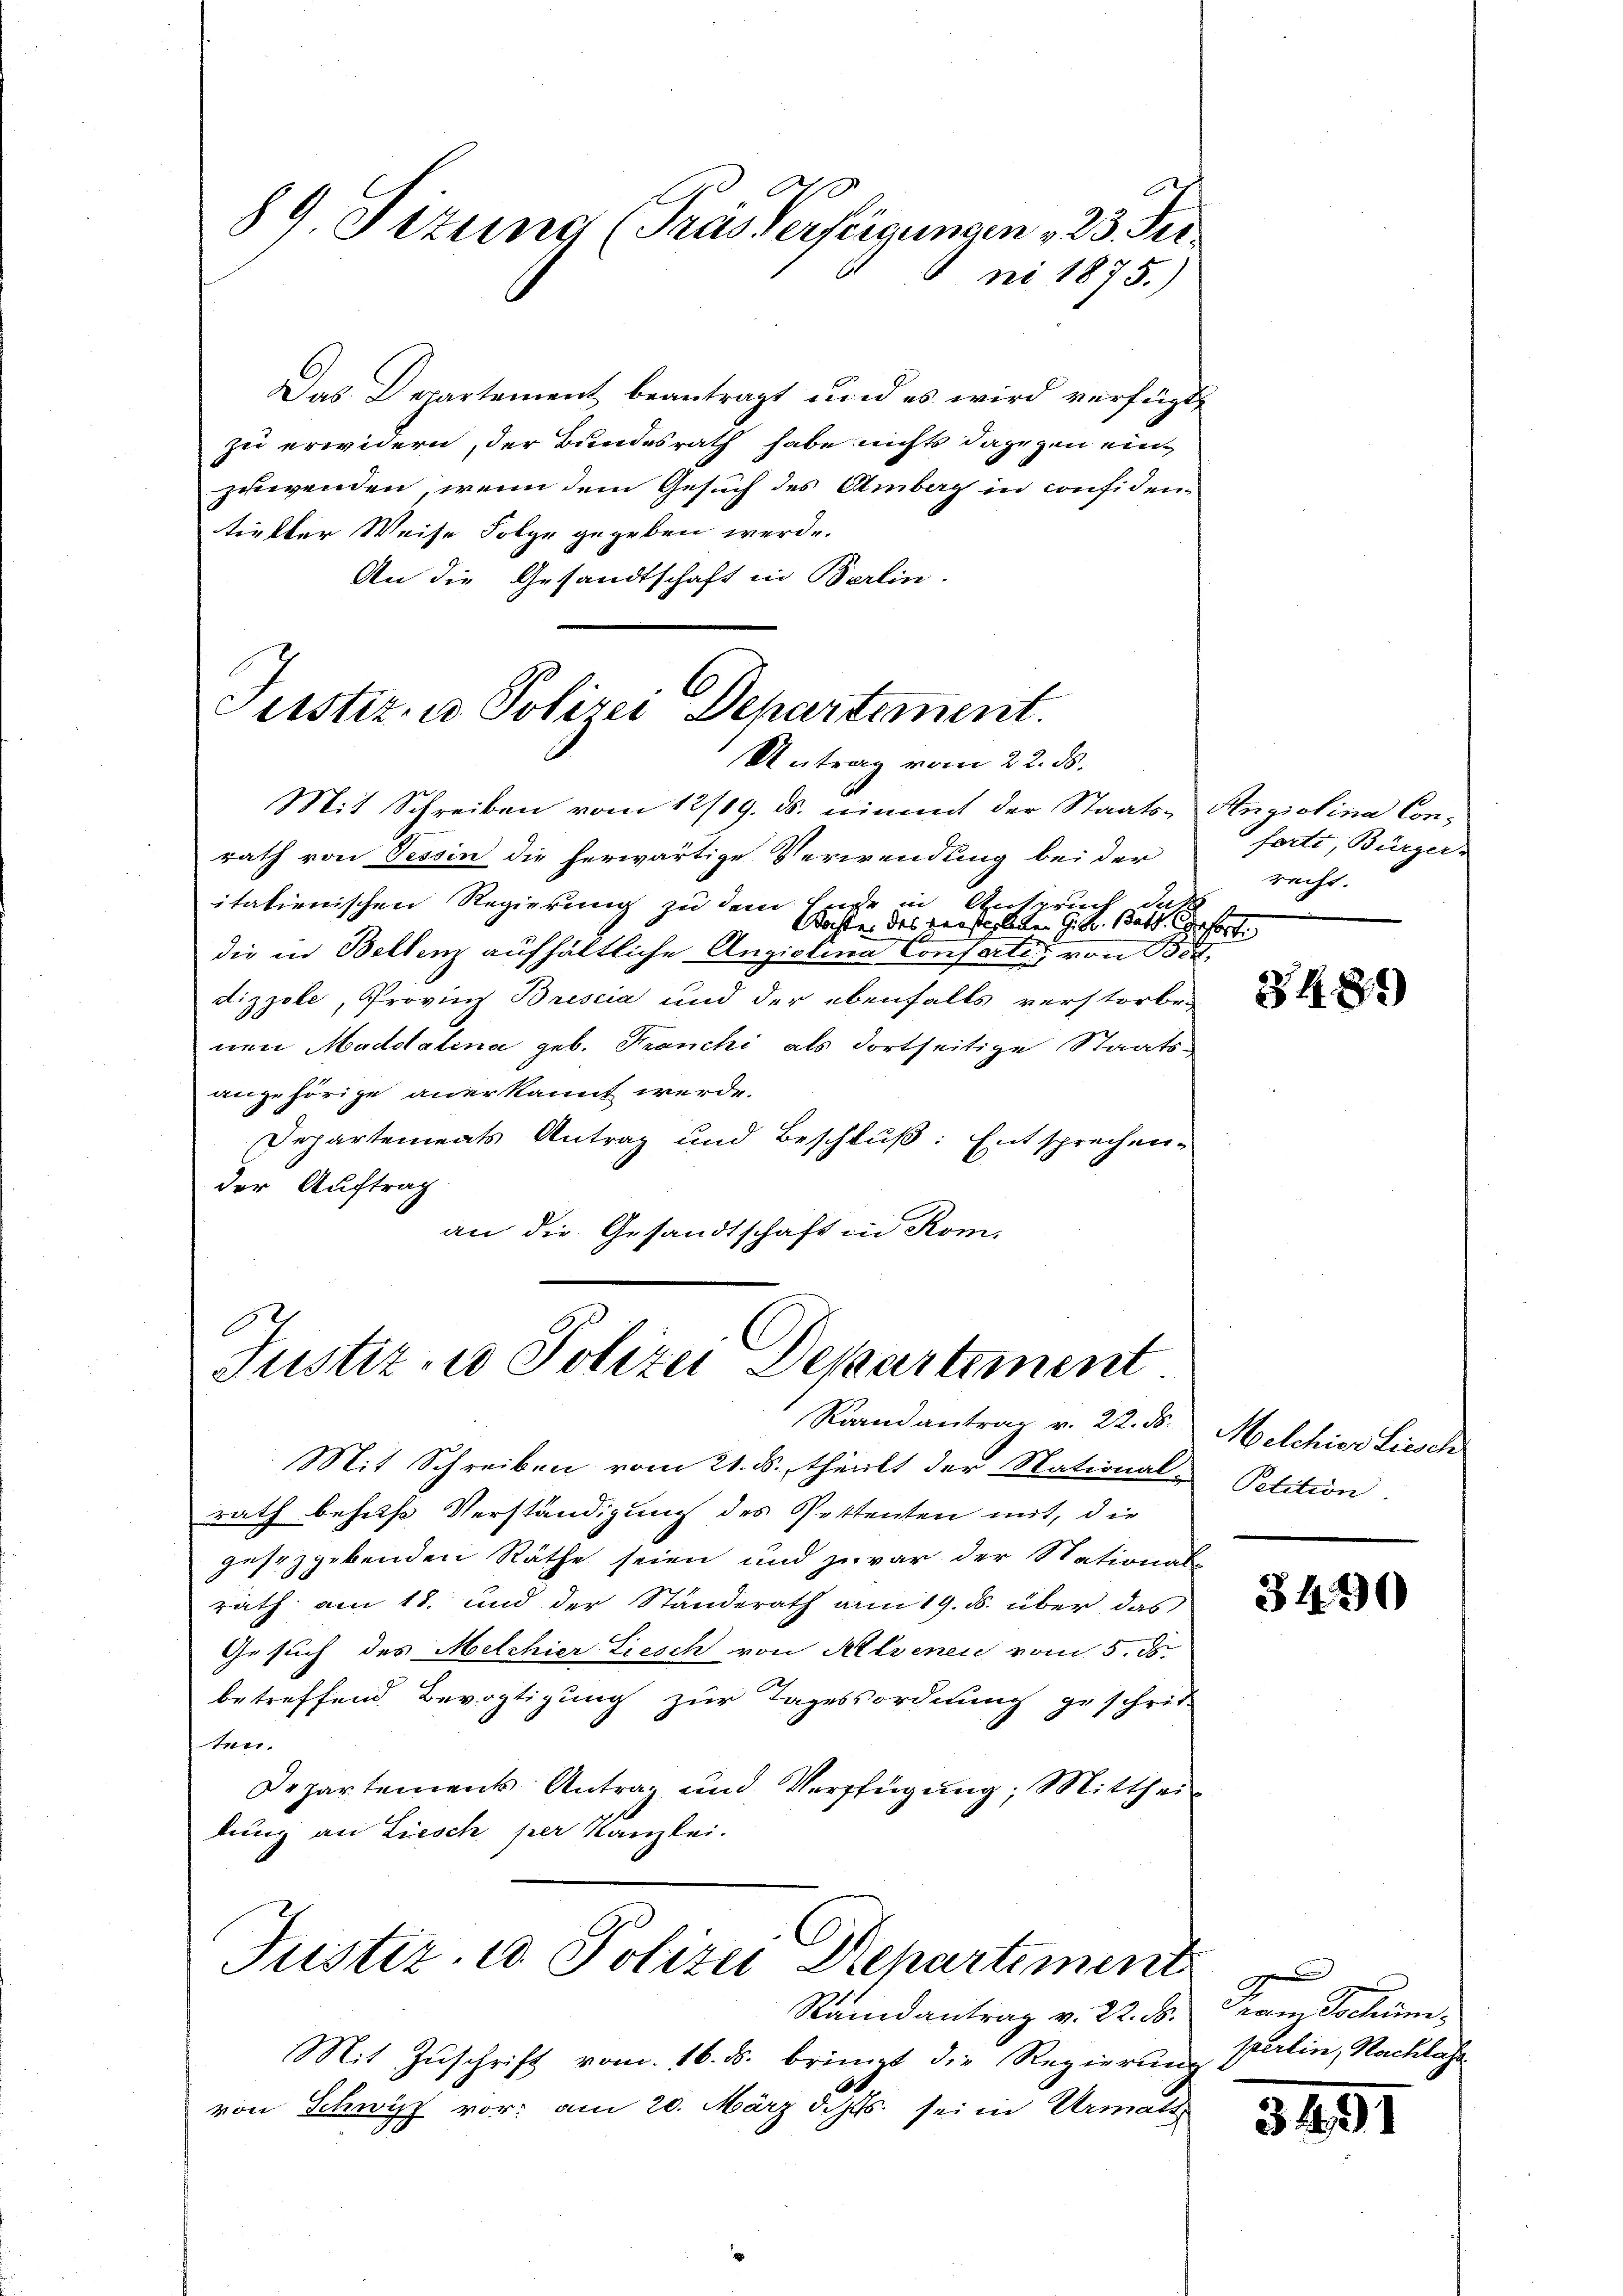
6
E
89. Sizung (Tras Verfeigungen " 23. Fer
ni 1875.

Das Departement beantragt und es wird verfügte
zu erwidern, der Bundesrath habe nichts dagegen ein
zuwenden, wenn dem Gesuch des Ambach in confidentiefter Weise Folge gegeben werde.
An die Gesandtschaft in Berlin.

Justiz- u Polizei Departiment.
Antrag vom 22. ds.

C
Justiz- u Polizei Departement
Raandantrag v. 22. ds.

Mit Schreiben vom 12/19. ds. nimmt der Staats-Angiolina Conrath von Tessin die herwärtige Verwendung bei der
italienischen Regierung zu dem Ende in Anspruch das
Kochte des versterleben G. B. Statt gefort. |
die in Bellenz aufhältliche Angiolina Conferte, von Ber
dizzole, Provinz Brescia und der ebenfalls verstorbe-
nen Maddalena geb. Franchi als dortseitige Staatsangehörige anerkannt werde.
Departements Antrag und Beschluß: Entsprechen-
der Auftrag
an die Gesandtschaft in Rom,

Mit Schreiben vom 21. ds. theilt der National-
rath behufe Verständigung des Pettenten mit, die
gesezgebenden Räthe seien und zuvor der Stationale
rath am 18. und der Standerath am 19. ds. über das
Gesuch des Melchier Liesch von Alvenen vom 5. ds.
betreffend Bevogtigung zur Tagessordnung geschritt
ten.
Departements Antrag und Verfügŭng: Mittheil
lung an Liesch per Kanzlei.
Justiz u. Polizei Rehartement
Randantrag v. 22. d. Gram Schüni¬
Mit Zŭschrift vom 16. ds. bringt die Regierung Berlin, Nachlähr
von Schwyz vor: am 20. März d. Js. sei in Urmatt

forti, Bürger-
recht. |

3489)

Melchior Liesch
Petition

3440

C

3451